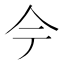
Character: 𫝆